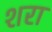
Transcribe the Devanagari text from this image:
शरा